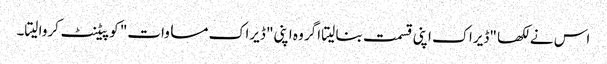
اس نے لکھا "ڈیراک اپنی قسمت بنا لیتا اگر وہ اپنی" ڈیراک مساوات" کو پیٹنٹ کروا لیتا۔